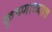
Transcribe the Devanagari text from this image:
कृष्णाच्याच